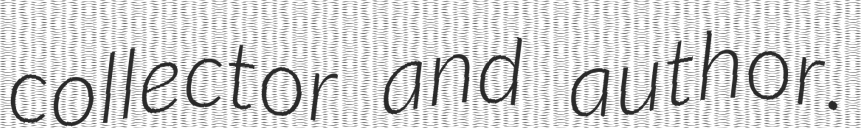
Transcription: collector and author.